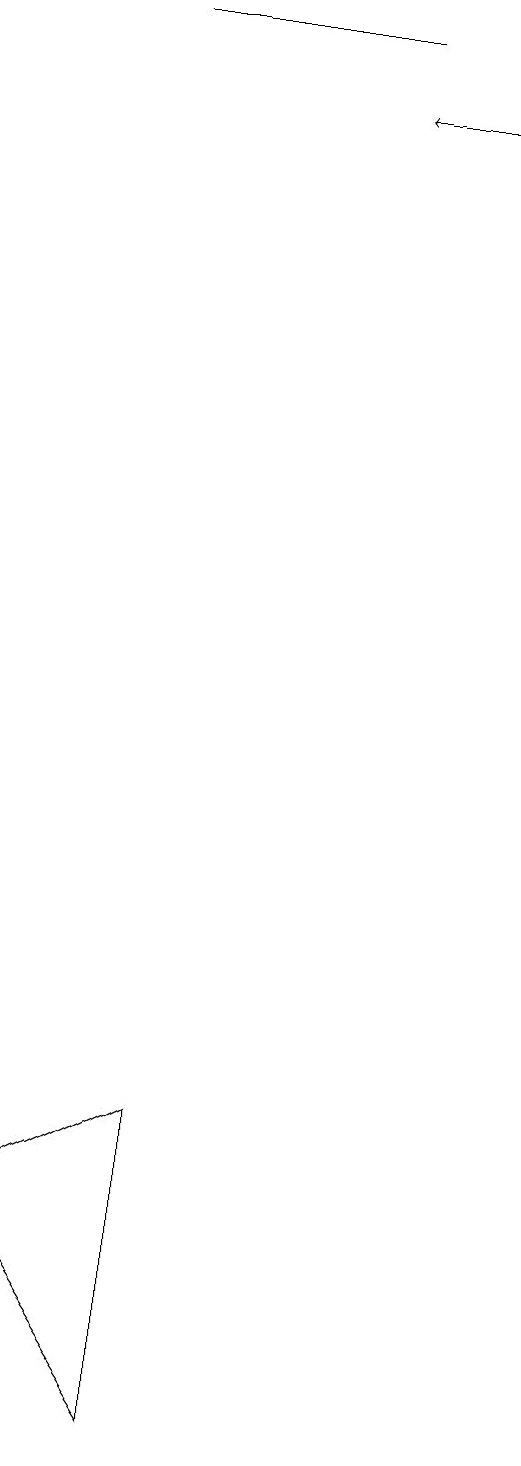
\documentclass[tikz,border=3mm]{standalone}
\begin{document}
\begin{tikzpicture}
\draw (4,0) -- (4,4) -- (2,3) -- cycle;
\draw[->] (8,17) -- (6,17);
\draw (6,18) rectangle (3,18);
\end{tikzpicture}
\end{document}